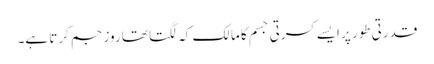
قدرتی طور پر ایسے کسرتی جسم کا مالک کہ لگتا تھا روز جم کرتا ہے۔